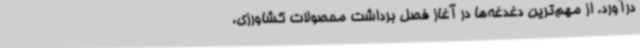
درآورد. از مهم‌ترین دغدغه‌ها در آغاز فصل برداشت محصولات کشاورزی،